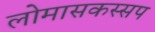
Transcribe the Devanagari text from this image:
लोमासकस्सप